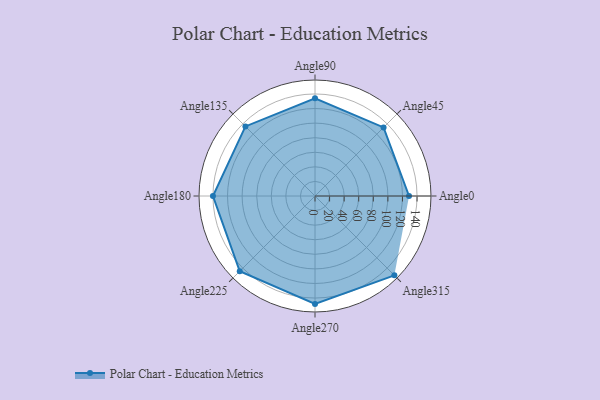
{"axis": {"x": "Angle", "y": "Radius"}, "legend": [""], "data": [{"x": "Angle0", "y": 129.0, "type": ""}, {"x": "Angle45", "y": 133.0, "type": ""}, {"x": "Angle90", "y": 134.0, "type": ""}, {"x": "Angle135", "y": 135.0, "type": ""}, {"x": "Angle180", "y": 140.0, "type": ""}, {"x": "Angle225", "y": 146.0, "type": ""}, {"x": "Angle270", "y": 148.0, "type": ""}, {"x": "Angle315", "y": 154.0, "type": ""}]}